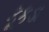
કૂકડા